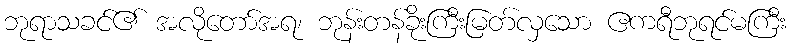
ဘုရာသခင်၏ အလိုတော်အရ၊ ဘုန်းတန်ခိုးကြီးမြတ်လှသော ဧကရီဘုရင်မကြီး